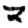
Digit: 3